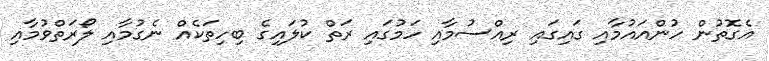
އެގޮތުން ހުންއައުމާއި ގައިގައި ރިއްސުމާއި ހަމުގައި ރަތް ކުލައިގެ ބިހިތަކެއް ނެގުމާއި ލޯރަތްވުމާއި